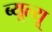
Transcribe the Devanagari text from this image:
ब्यूल्यू